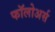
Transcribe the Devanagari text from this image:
फॉलोअर्स